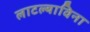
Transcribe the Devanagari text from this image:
लाटल्याविना